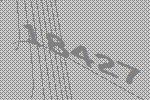
18427